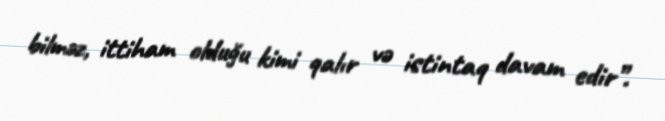
bilməz, ittiham olduğu kimi qalır və istintaq davam edir”.